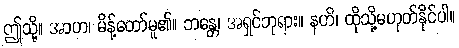
ဤသို့။ အာဟ၊ မိန့်တော်မူ၏။ ဘန္တေ၊ အရှင်ဘုရား။ နဟိ၊ ထိုသို့မဟုတ်နိုင်ပါ။